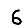
Digit: 6